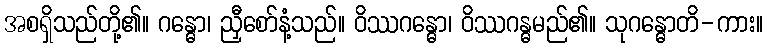
အစရှိသည်တို့၏။ ဂန္ဓော၊ ညှီစော်နံ့သည်။ ဝိဿဂန္ဓော၊ ဝိဿဂန္ဓမည်၏။ သုဂန္ဓောတိ-ကား။